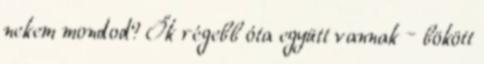
nekem mondod? Ők régebb óta együtt vannak – bökött